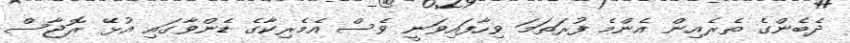
ދެބެންގެ ތެރެއިން އެންމެ ފުރަތަމަ ވިހާފައިވަނީ ވެސް އެމެރިކާގެ ޑެންވާގައި އުޅޭ ރޮޖާސް